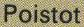
Poistot